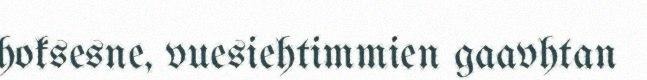
hoksesne, vuesiehtimmien gaavhtan